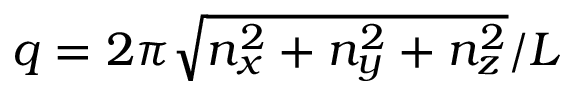
q = 2 \pi \sqrt { n _ { x } ^ { 2 } + n _ { y } ^ { 2 } + n _ { z } ^ { 2 } } / { \cal L }